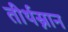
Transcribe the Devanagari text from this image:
तीर्थस्नान